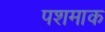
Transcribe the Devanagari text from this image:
पशमाक